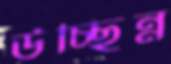
উচ্ছিন্ন